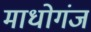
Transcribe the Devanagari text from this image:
माधोगंज